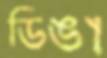
ডিঙা